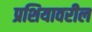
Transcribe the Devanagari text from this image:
प्रशियावरील